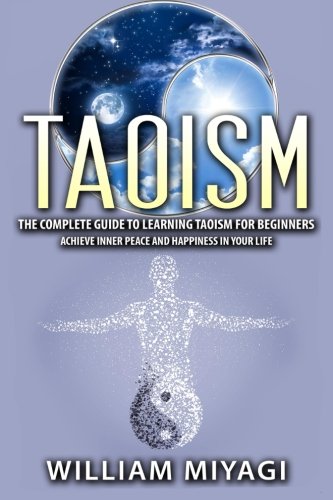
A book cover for Taoism: The Complete Guide to Learning Taoism for Beginners - Achieve Inner Peace and Happiness in Your Life; William Miyagi; Religion & Spirituality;